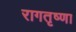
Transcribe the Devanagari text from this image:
रागतृष्णा